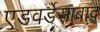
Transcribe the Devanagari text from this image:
एडवर्डेसाबाद